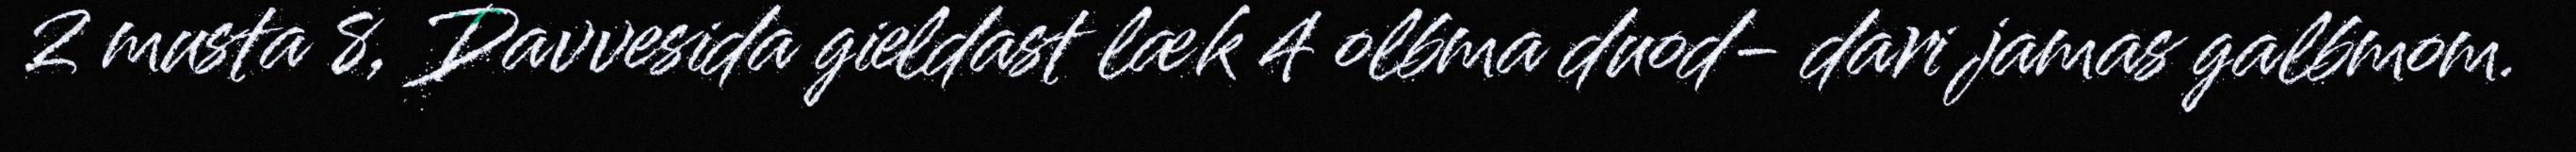
2 musta 8, Davvesida gieldast læk 4 olbma duod- dari jamas galbmom.